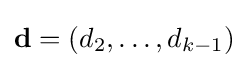
\mathbf {d} =(d_{2},\ldots ,d_{k-1})